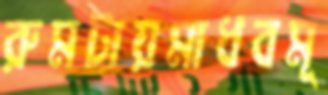
রুমটায়মাধবমূ